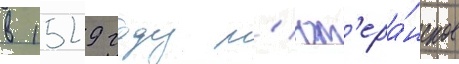
в 1529 году л'ют'ера́нское